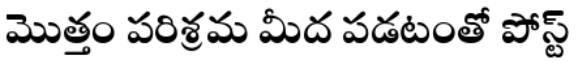
మొత్తం పరిశ్రమ మీద పడటంతో పోస్ట్